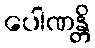
ပေါဏန္တိ